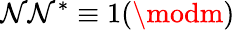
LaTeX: \mathcal{N}\mathcal{N}^{*}\equiv1(\modm)